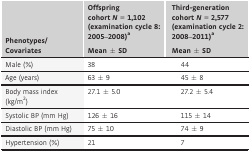
<table><thead><tr><td rowspan="2"><b>Phenotypes/Covariates</b></td><td><b>Offspring cohort <i>N</i> = 1,102 (examination cycle 8: 2005–2008)a</b></td><td><b>Third-generation cohort <i>N</i> = 2,577 (examination cycle 2: 2008–2011)a</b></td></tr><tr><td><b>Mean ± SD</b></td><td><b>Mean ± SD</b></td></tr></thead><tbody><tr><td>Male (%)</td><td>38</td><td>44</td></tr><tr><td>Age (years)</td><td>63 ± 9</td><td>45 ± 8</td></tr><tr><td>Body mass index (kg/m<sup>2</sup>)</td><td>27.1 ± 5.0</td><td>27.2 ± 5.4</td></tr><tr><td>Systolic BP (mm Hg)</td><td>126 ± 16</td><td>115 ± 14</td></tr><tr><td>Diastolic BP (mm Hg)</td><td>75 ± 10</td><td>74 ± 9</td></tr><tr><td>Hypertension (%)</td><td>21</td><td>7</td></tr></tbody></table>